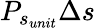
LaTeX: P_{s_{unit}}\Delta s